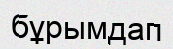
бұрымдап